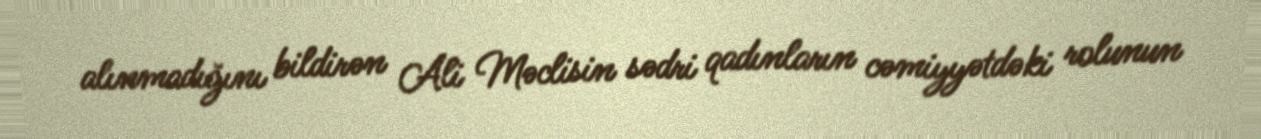
alınmadığını bildirən Ali Məclisin sədri qadınların cəmiyyətdəki rolunun